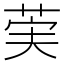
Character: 𫈌